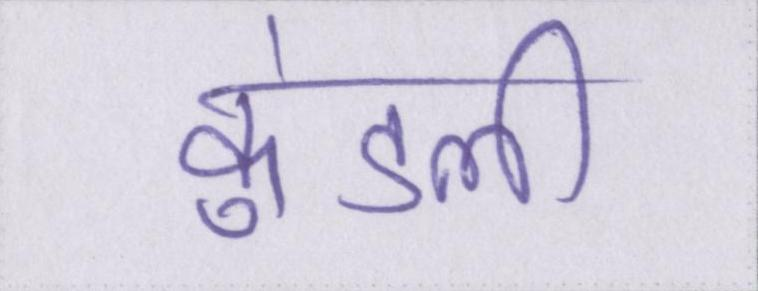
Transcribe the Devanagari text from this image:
कुंडली